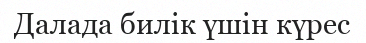
Далада билік үшін күрес